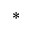
^ \ast